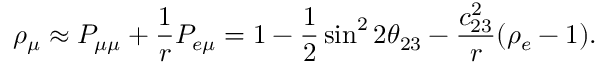
\rho _ { \mu } \approx P _ { \mu \mu } + { \frac { 1 } { r } } P _ { e \mu } = 1 - { \frac { 1 } { 2 } } \sin ^ { 2 } 2 \theta _ { 2 3 } - { \frac { c _ { 2 3 } ^ { 2 } } { r } } ( \rho _ { e } - 1 ) .